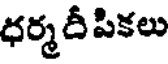
ధర్మదీపికలు